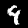
Label: 9